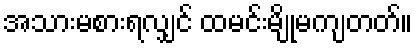
အသားမစားရလျှင် ထမင်းမျိုမကျတတ်။